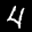
Label: 4